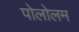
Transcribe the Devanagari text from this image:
पोलोलम